Lunatic asylums Bombay report 1878-1890 - 1878-1890
Year: 1878
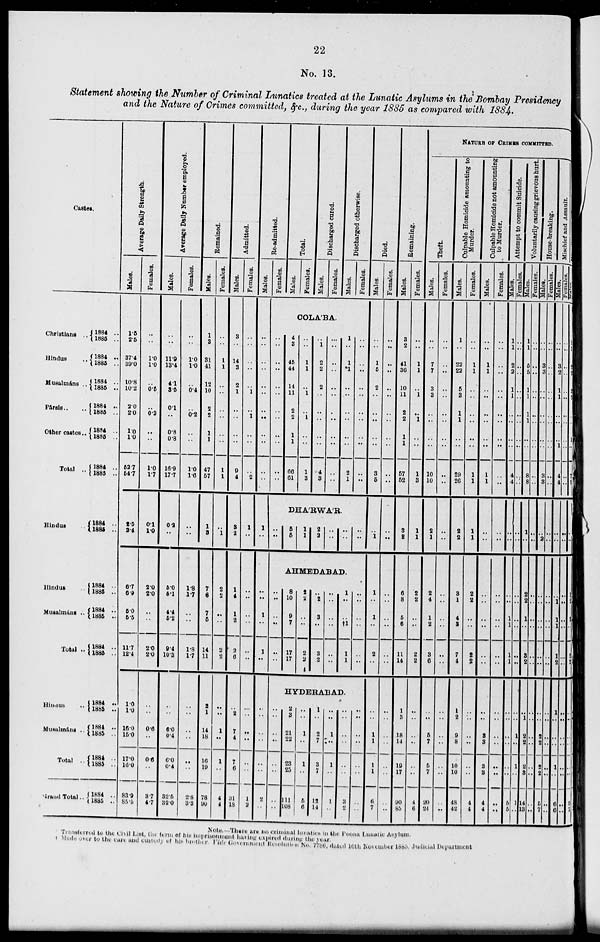
22
No. 13.
Statement showing the Number of Criminal Lunatics treated at the Lunatic Asylums in the Bombay Presidency
and the Nature of Crimes committed, &c., during the year 1885 as compared with 1884.
Castes.
Christians ..
Hindus ..
Musalmáns ..
Pársis ..
Other castes ..
Total ..
Hindu ..
Hindus ..
Muealmáns ..
Total ..
Hindus
..
Musalmáns ..
Total ..
Grand Total.
1884 ..
1885 ..
1884 ..
1885 ..
1884 ..
1885 ..
1884 ..
1885 ..
1884 ..
1885 ..
1884 ..
1885 ..
1884 ..
1885 ..
1884 ..
1885 ..
1884 ..
1885 ..
1884 ..
1885 ..
1884 ..
1885 ..
1884 ..
1885 ..
1884 ..
1885 ..
1884 ..
1885 ..
Average Daily Strength.
Males.
1.5
2.5
37.4
39.0
10.8
10.2
2.0
2.0
1.0
1.0
52.7
54.7
2.5
2.4
6.7
6.9
5.0
5.5
11.7
12.4
1.0
1.0
16.
15.0
17.0
16.0
83.9
85.5
Females.
..
..
1.0
1.0
..
0.5
..
0.2
..
..
1.7
1.7
0.1
1.0
2.0
2.0
..
..
2.0
2.0
..
..
0.6
..
0.6
..
3.7
4.7
Average Daily Number employed.
Males.
..
..
11.9
13.4
4.1
3.5
0.1
..
0.8
0.8
16.9
17.7
0.2
..
5.0
5.1
4.4
5.2
9.4
10.3
..
..
6.
0.4
6.0
0.4
32.5
32.0
Females.
..
..
1.0
1.0
..
0.4
..
0.2
..
..
1.0
1.6
..
..
1.8
1.7
..
..
1.8
1.7
..
..
..
..
..
..
2.8
3.3
Remained.
Males.
1
3
31
41
12
10
2
2
1
1
47
57
1
3
7
6
7
5
14
11
2
1
14
18
16
19
78
90
Females.
..
..
1
1
..
..
..
..
..
..
1
1
..
1
2
2
..
..
2
2
..
..
1
..
1
..
4
4
Admitted.
Males.
3
..
14
3
2
1
..
..
..
..
9
4
3
2
1
4
1
2
2
6
..
2
7
4
7
6
31
18
Females.
..
..
..
..
..
1
..
1
..
..
..
2
1
..
..
..
..
..
..
..
..
..
..
..
..
..
1
2
Re-admitted.
Males.
..
..
..
..
..
..
..
..
..
..
..
..
1
..
..
..
1
..
1
..
..
..
..
..
..
..
2
..
Females.
Total.
Males.
Females.
Discharged cured.
Males.
Females.
Discharged otherwise.
Males.
Females.
COLÁBA.
..
..
..
..
..
..
..
..
..
..
..
..
4
3
45
44
14
11
2
2
1
1
66
..
..
..
1
1
..
1
..
1
..
..
1
3
..
1
2
2
2
..
..
..
..
..
4
3
..
..
..
..
..
..
..
..
..
..
..
..
1
..
1
*1
..
..
..
..
..
..
2
1
..
..
..
..
..
..
..
..
..
..
..
..
DHÁRWÁR.
..
..
5
5
1
1
2
2
..
..
..
..
..
..
AHMEDABAD.
..
..
..
..
..
..
8
10
9
7
17
17
2
2
..
..
2
2
..
2
3
..
3
2
..
..
..
..
..
..
1
..
..
†1
1
1
..
..
..
..
..
..
HYDERABAD.
..
..
..
..
..
..
..
..
2
3
21
22
23
25
111
108
..
..
1
..
1
..
5
6
1
..
2
7
3
7
12
14
..
..
1
..
1
..
1
..
..
..
..
..
..
..
3
2
..
..
..
..
..
..
..
..
Died.
Males.
..
..
1
5
2
..
..
..
..
..
3
5
..
1
1
..
1
..
2
..
..
..
1
1
1
1
6
7
Females.
..
..
..
..
..
..
..
..
..
..
..
..
..
..
..
..
..
..
..
..
..
..
..
..
..
..
..
..
Remaining.
Males.
3
2
41
36
10
11
2
2
1
1
57
52
3
2
6
8
5
6
11
14
1
3
18
14
19
17
90
85
Females.
..
..
1
1
..
1
..
1
..
..
1
3
1
1
2
2
..
..
2
2
..
..
..
..
..
..
4
6
NATURE OF CRIMES COMMITTES.
Theft.
Males.
..
..
7
7
3
3
..
..
..
..
10
10
2
1
2
4
1
2
3
6
..
..
5
7
5
7
20
21
Females.
..
..
..
..
..
..
..
..
..
..
..
..
..
..
..
..
..
..
..
..
..
..
..
..
..
..
..
..
Culpable Homicide amounting to
Murder.
Males.
1
..
22
22
5
3
1
1
..
..
29
26
2
2
3
1
4
3
7
4
1
2
9
8
10
10
48
42
Females.
..
..
1
1
..
..
..
..
..
..
1
1
1
1
2
2
..
..
2
2
..
..
..
..
..
..
4
4
Culpable Homicide not amounting
to Murder.
Males.
..
..
1
1
..
..
..
..
..
..
1
1
..
..
..
..
..
..
..
..
..
..
3
8
3
3
4
4
Females.
..
..
..
..
..
..
..
..
..
..
..
..
..
..
..
..
..
..
..
..
..
..
..
..
..
..
..
..
Attempt to commit Suicide.
Males.
1
1
2
2
1
1
..
..
..
..
4
4
..
..
..
..
1
1
1
1
..
..
..
..
..
..
5
5
Females.
..
..
..
..
..
..
..
..
..
..
..
..
..
..
..
..
..
..
..
..
..
..
1
..
1
..
1
..
Voluntarily causing grievous hurt.
Males.
1
1
5
5
1
1
1
1
..
..
8
8
1
..
2
2
1
..
3
2
..
..
2
2
2
3
14
13
Females.
..
..
..
..
..
..
..
..
..
..
..
..
..
..
..
..
..
..
..
..
..
..
..
..
..
..
..
..
House-breaking.
Males.
..
..
3
3
..
..
..
..
..
..
3
3
..
2
..
..
..
..
..
..
..
..
2
2
2
2
5
7
Females.
..
..
..
..
..
..
..
..
..
..
..
..
..
..
..
..
..
..
..
..
..
..
..
..
..
..
..
..
Mischief and Assault.
Males.
..
..
3
2
1
1
..
..
..
1
4
4
..
..
..
1
1
1
1
2
..
1
2
..
1
..
6
6
Females.
..
..
..
..
..
..
..
..
..
..
..
..
..
..
..
..
..
..
..
..
..
..
..
..
..
..
..
..
Males.
1
1
2
2
3
2
..
..
1
..
7
5
..
..
1
2
1
..
2
2
..
..
..
..
..
..
9
7
Note.—There are no criminal lunatics in the Poona Lunatic Asylum.
Transferred to the Civil List, the term of his imprisonment having expired during the year.
† Made over to the cure and custedy of his brother. Vide Government Resolution No. 7786, dated 10th November 1885. Judicial Department